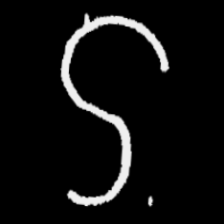
Pyu character \u2014 Myanmar letter: ဌ (romanized: ttha)